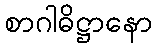
စာဂါဓိဋ္ဌာနော